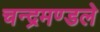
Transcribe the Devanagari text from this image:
चन्द्रमण्डले